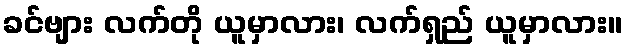
ခင်ဗျား လက်တို ယူမှာလား၊ လက်ရှည် ယူမှာလား။